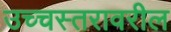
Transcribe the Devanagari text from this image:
उच्चस्तरावरील